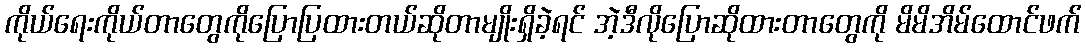
ကိုယ်ရေးကိုယ်တာတွေကိုပြောပြထားတယ်ဆိုတာမျိုးရှိခဲ့ရင် အဲ့ဒီလိုပြောဆိုထားတာတွေကို မိမိအိမ်ထောင်ဖက်